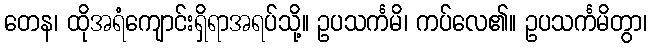
တေန၊ ထိုအရံကျောင်းရှိရာအရပ်သို့။ ဥပသင်္ကမိ၊ ကပ်လေ၏။ ဥပသင်္ကမိတွာ၊